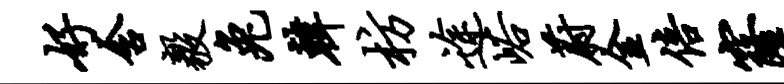
好含毅兔韩枋途峪蔚金倍窿